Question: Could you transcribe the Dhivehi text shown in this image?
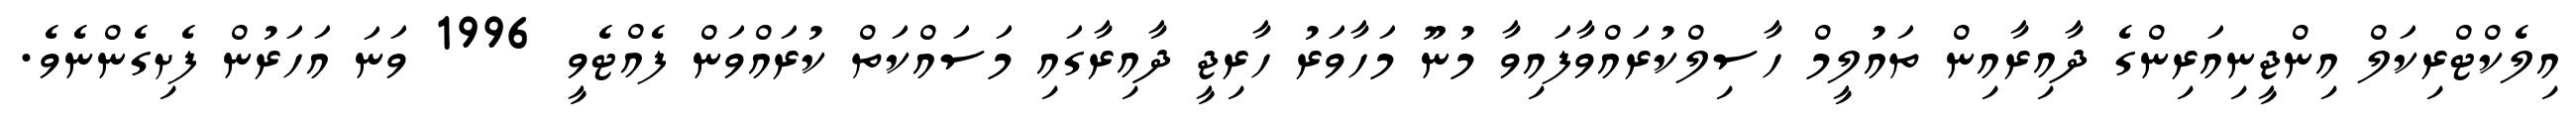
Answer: އިލެކްޓްރިކަލް އިންޖީނިއަރިންގެ ދާއިރާއިން ތައުލީމް ހާސިލްކުރައްވާފައިވާ މުނޫ މަހާވަރު ހާރިޖީ ދާއިރާގައި މަސައްކަތް ކުރައްވަން ފެއްޓެވީ 1996 ވަނަ އަހަރުން ފެށިގެންނެވެ.